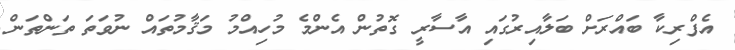
އެފްރިކާ ބައްރަށް ބަލާއިރުގައި އާސާރީ ގޮތުން އެންމެ މުހިއްމު މަޤާމުތައް ނުވަތަ ތަންތަން